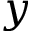
y